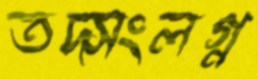
তদ্সংলগ্ন